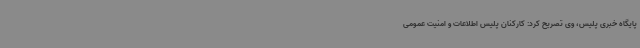
پایگاه خبری پلیس، وی تصریح کرد: کارکنان پلیس اطلاعات و امنیت عمومی